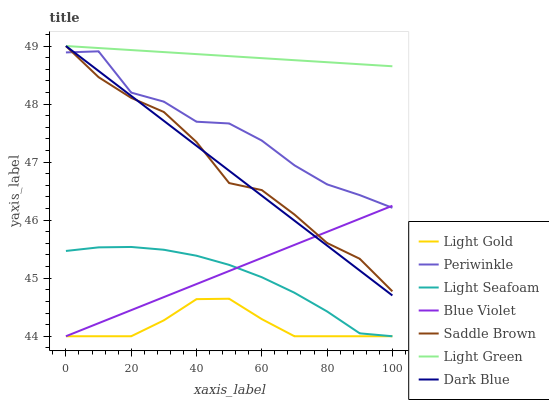
| xaxis_label | Light Gold | Periwinkle | Light Seafoam | Blue Violet | Saddle Brown | Light Green | Dark Blue |
 | --- | --- | --- | --- | --- | --- | --- | --- |
 | 0 | 44 | 48.9 | 45.5 | 44 | 49 | 49 | 49 |
 | 10 | 44 | 48.9 | 45.5 | 44.2 | 48.5 | 49 | 48.6 |
 | 20 | 44 | 48.2 | 45.5 | 44.4 | 48.1 | 48.9 | 48.1 |
 | 30 | 44.3 | 48 | 45.5 | 44.7 | 47.9 | 48.9 | 47.7 |
 | 40 | 44.6 | 47.7 | 45.4 | 44.9 | 47.3 | 48.9 | 47.3 |
 | 50 | 44.6 | 47.7 | 45.2 | 45.1 | 46.6 | 48.8 | 46.9 |
 | 60 | 44.3 | 47.4 | 45 | 45.3 | 46.5 | 48.8 | 46.4 |
 | 70 | 44 | 46.9 | 44.7 | 45.6 | 46.1 | 48.8 | 46 |
 | 80 | 44 | 46.6 | 44.4 | 45.8 | 45.6 | 48.7 | 45.6 |
 | 90 | 44 | 46.4 | 44.1 | 46 | 45.3 | 48.7 | 45.1 |
 | 100 | 44 | 46.2 | 44 | 46.2 | 44.8 | 48.7 | 44.7 |